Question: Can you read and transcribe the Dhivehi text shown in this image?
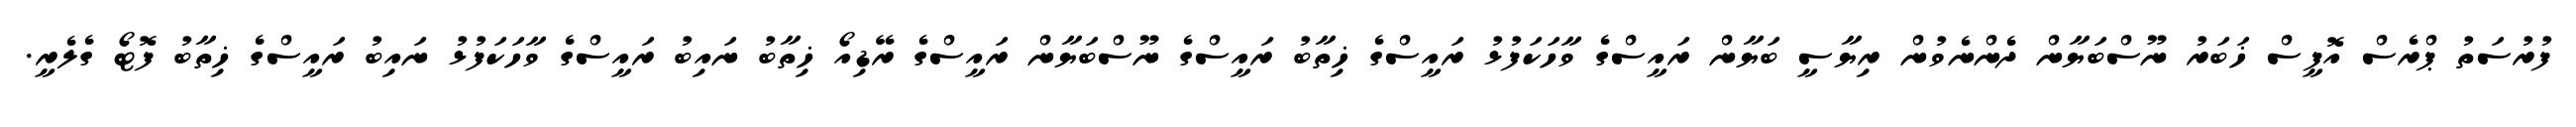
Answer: ފުރުސަތު ޕްރެސް އޮފީސް ޚަބަރު ނޫސްބަޔާން ދެންނެވުން ރިޔާސީ ބަޔާން ރައީސްގެ ވާހަކަފުޅު ރައީސްގެ ޚިތާބު ރައީސްގެ ނޫސްބަޔާން ރައީސްގެ ރޭޑިއޯ ޚިތާބު ނައިބު ރައީސްގެ ވާހަކަފުޅު ނައިބު ރައީސްގެ ޚިތާބު ފޮޓޯ ގެލެރީ.